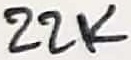
Text: 22K